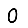
Digit: 0